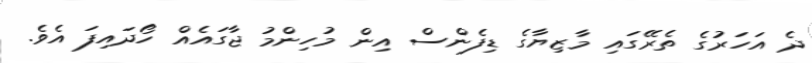
ދެ އަހަރުގެ ތެރޭގައި މާޒިޔާގެ ޑިފެންސް އިން މުހިންމު ޖާގައެއް ހޯދައިފަ އެވެ.